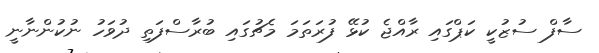
ސާފް ސުޒުކީ ކަޕްގައި ރާއްޖެ ކުޅޭ ފުރަތަމަ މެޗުގައި ބުރާސްފަތި ދުވަހު ނުކުންނާނީ